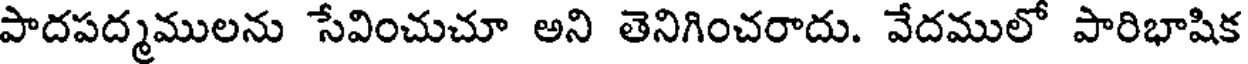
పాదపద్మములను సేవించుచూ అని తెనిగించరాదు. వేదములో పారిభాషిక